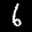
Label: 6